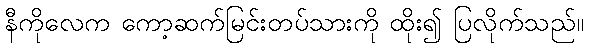
နီကိုလေက ကော့ဆက်မြင်းတပ်သားကို ထိုး၍ ပြလိုက်သည်။